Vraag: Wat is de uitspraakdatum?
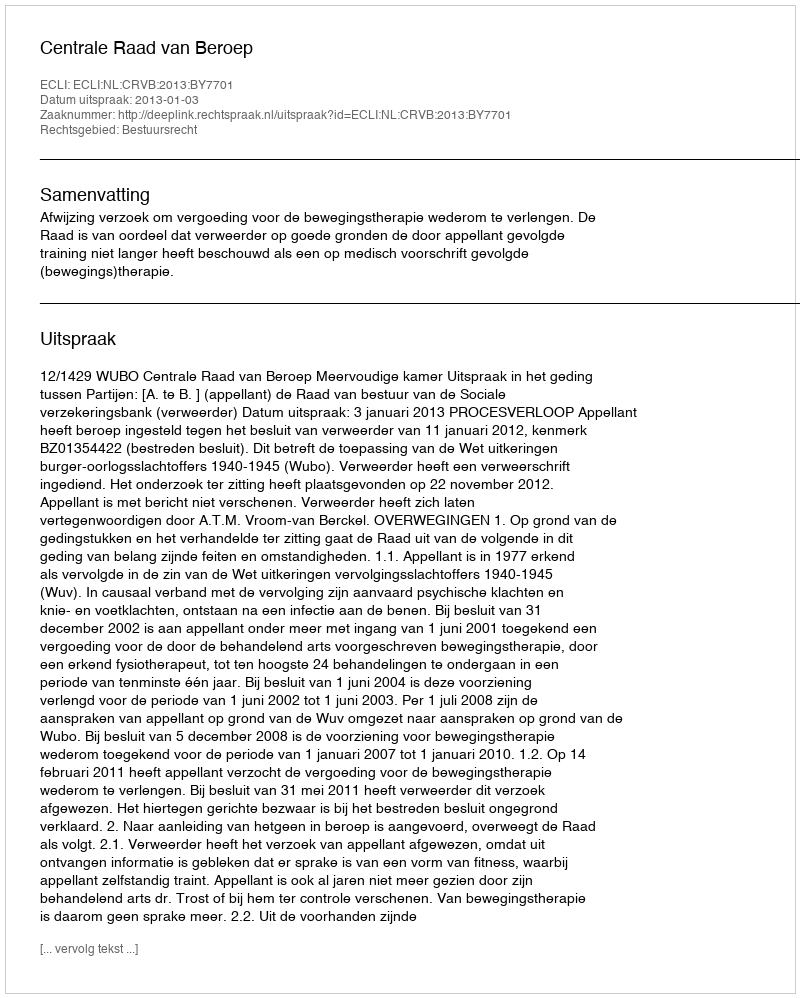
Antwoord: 2013-01-03